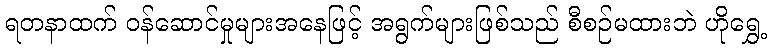
ရတနာထက် ဝန်ဆောင်မှုများအနေဖြင့် အရွက်များဖြစ်သည် စီစဉ်မထားဘဲ ဟိုရွှေ့